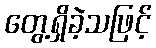
တွေ့ရှိခဲ့သဖြင့်